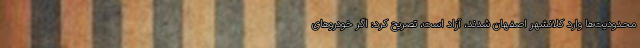
محدودیت‌ها وارد کلانشهر اصفهان شدند، آزاد است، تصریح کرد: اگر خودروهای